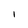
Character: l